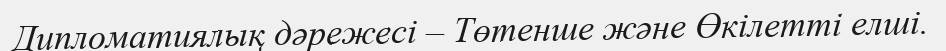
Дипломатиялық дәрежесі – Төтенше және Өкілетті елші.